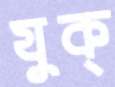
যুক্